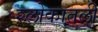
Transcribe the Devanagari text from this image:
श्लोकातली